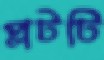
প্লটটি